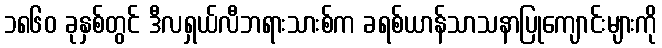
၁၈၆၀ ခုနှစ်တွင် ဒီလရှယ်လီဘရားသားစ်က ခရစ်ယာန်သာသနာပြုကျောင်းများကို